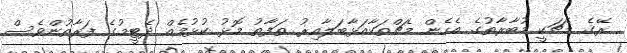
ރޭގެ މެޗަކީ މުބާރާތުގެ އެހެން މެޗްތަކާއަޅާބަލާއިރު ތަފާތު މޮޅު ކުޅުމެއް ދެޓީމުގެ ފަރާތުންވެސް